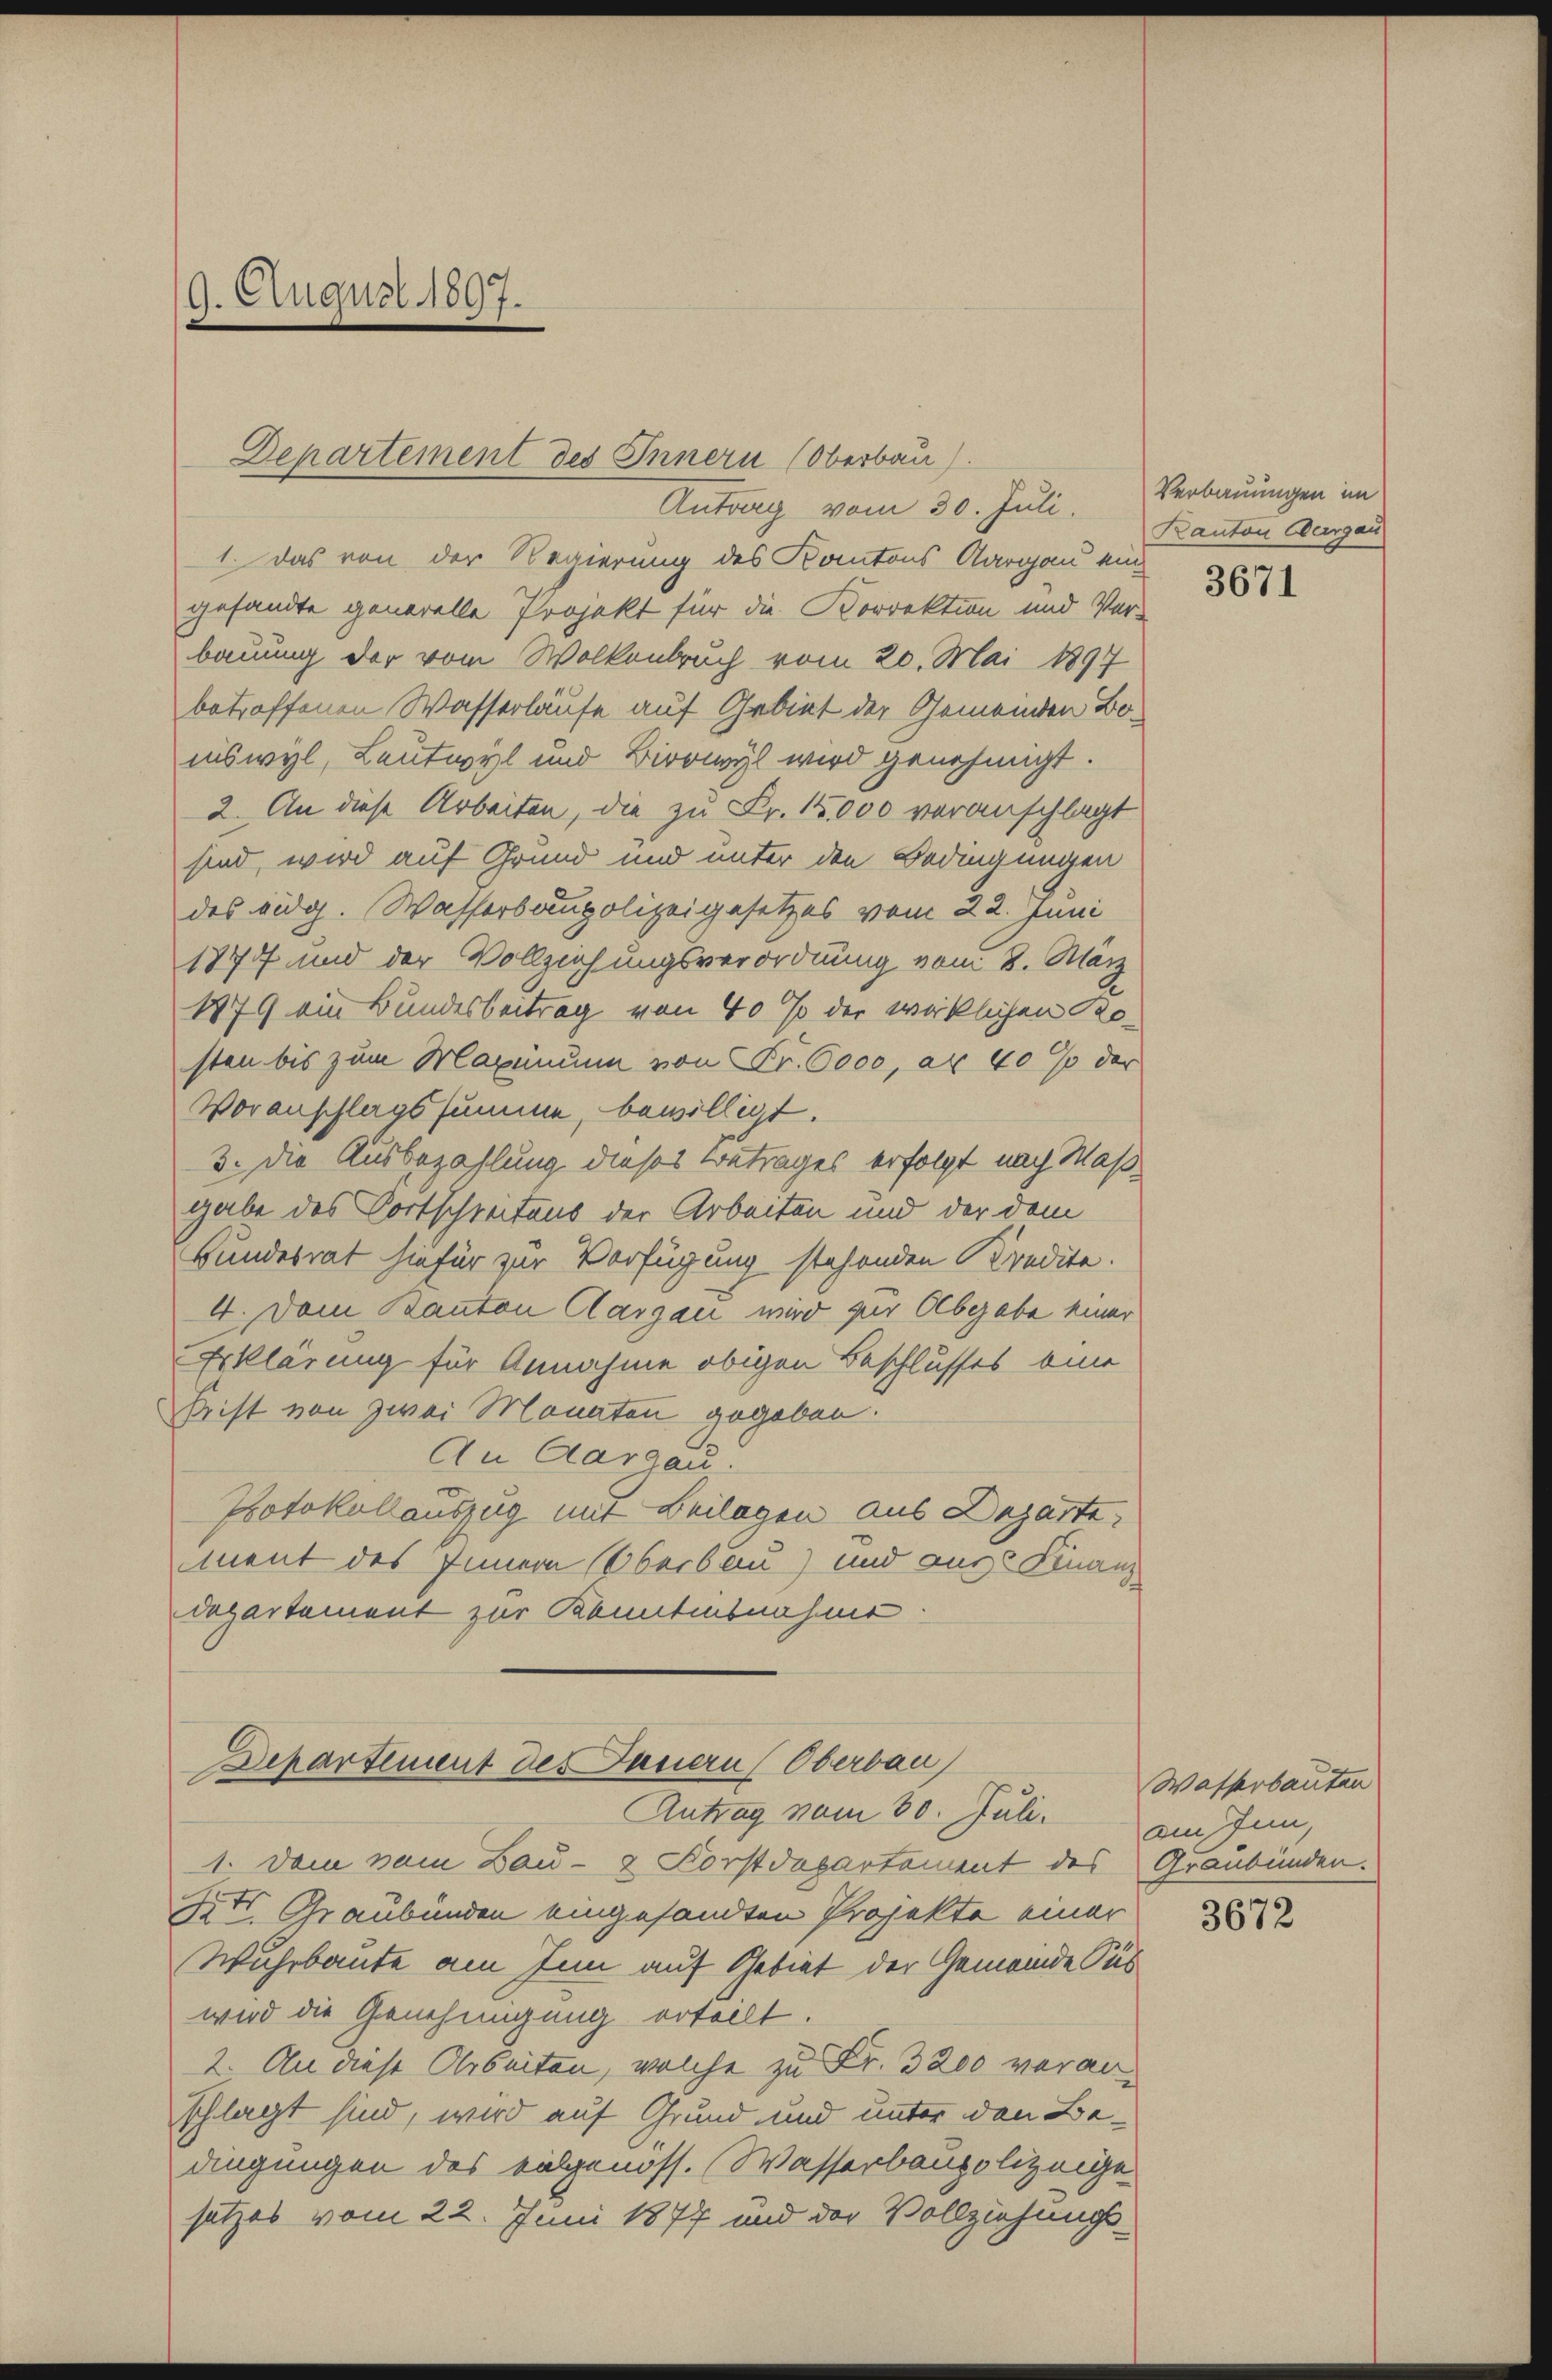
9. August 1897.

1. Das von der Regierung des Kantons Aargau eingesandte generelle Projekt für die Korrektion und Verbauung der vom Wolkenbruch vom 20. Mai 1897
betroffenen Wasserläufe auf Gebiet der Gemeinden Boniswyl, Leutwyl und Birrwyl wird genehmigt.
2. An diese Arbeiten, die zu Fr. 14,000 veranschlagt
sind, wird auf Grund und unter den Bedingungen
des eidg. Wasserbaupolizeigesetzes vom 22. Juni
1877 und der Vollziehungsverordnung vom 8. März
1879 ein Bundesbeitrag von 40 % der wirklichen Kosten bis zum Maximum von Fr. 6000, an 40% der
Voranschlagssumme, bewilligt.
3. Die Ausbezahlung dieses Betrages erfolgt nach Maßgabe des Fortschreitaus der Arbeiten und der dem
Bundesrat hiefür zur Verfügung stehenden Kredita.
4. Dem Kanton Aargau wird zur Abgabe einer
Erklärung für Annahme obigen Beschlusses eine
Frist von zwei Monaten gegeben.
An Aargau.
Protokollauszug mit Beilagen aus Departe
ment des Innern Oberbau) und aus 2 Finanz
Departement zur Kenntensnahme

Departement des Innern (Oberbau).
Antrag vom 30. Juli, Verbauungen im

Departement des Janern (Oberbau
Antrag vom 30. Jul. am Inn,

1. Dem vom Bau- & Korstdepartement des Graubünden.
Zetr. Graubünden eingesandten Projekte einer
Wuhrbaute am Inn auf Gebiet der Gemeinde Pubwird die Genehmigung erteilt.
2. An diese Arbeiten, welche zu Fr. 3200 voranschlagt sind, wird auf Grund und unter den Bedingungen des eidgenöss. Wasserbaupolizeige
setzes vom 22. Juni 1877 und der Vollziehungs¬

Kanton Aargau

3671

Wasserbauten

3672